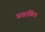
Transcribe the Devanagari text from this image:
प्रवाबित